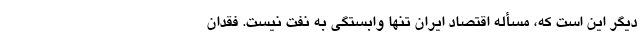
دیگر این است که، مسأله اقتصاد ایران تنها وابستگی به نفت نیست. فقدان